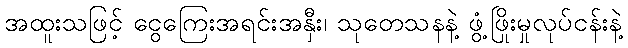
အထူးသဖြင့် ငွေကြေးအရင်းအနှီး၊ သုတေသနနဲ့ ဖွံ့ဖြိုးမှုလုပ်ငန်းနဲ့